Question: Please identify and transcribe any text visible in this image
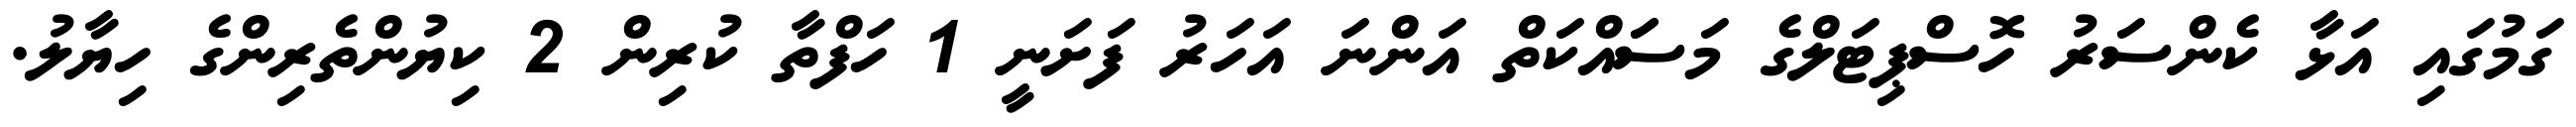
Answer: ގަމުގައި އަޅާ ކެންސަރު ހޮސްޕިޓަލްގެ މަސަައްކަތް އަންނަ އަހަރު ފަށަނީ 1 ހަފްތާ ކުރިން 2 ކިޔުންތެރިންގެ ހިޔާލު.